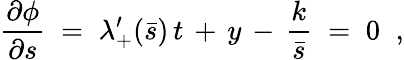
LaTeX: \frac{\partial\phi}{\partial s}\; =\; \lambda_{+}^{\prime}(\bar{s})\, t\, +\, y\, -\, \frac{k}{\bar{s}}\; =\; 0\; \; ,